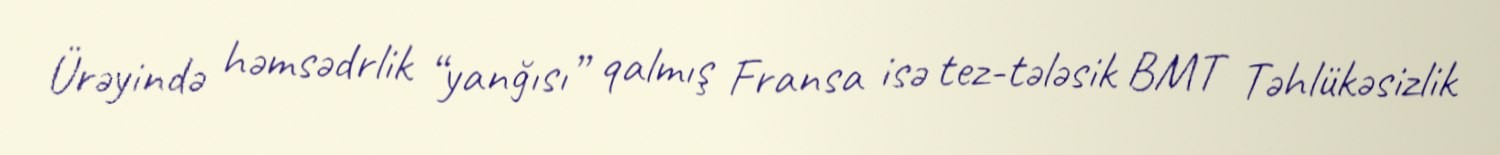
Ürəyində həmsədrlik “yanğısı” qalmış Fransa isə tez-tələsik BMT Təhlükəsizlik